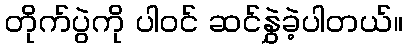
တိုက်ပွဲကို ပါဝင် ဆင်နွှဲခဲ့ပါတယ်။